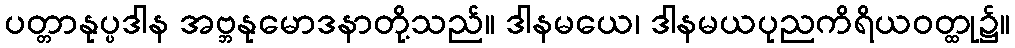
ပတ္တာနုပ္ပဒါန အဗ္ဘနုမောဒနာတို့သည်။ ဒါနမယေ၊ ဒါနမယပုညကိရိယဝတ္ထု၌။